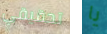
تحقيقي يا